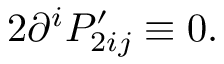
2 \partial ^ { i } P _ { 2 i j } ^ { \prime } \equiv 0 .